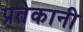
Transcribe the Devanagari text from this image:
प्रतेकानी